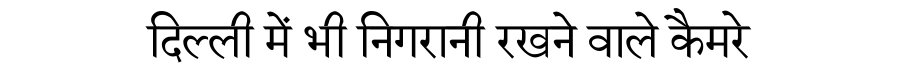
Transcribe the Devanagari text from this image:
दिल्ली में भी निगरानी रखने वाले कैमरे